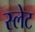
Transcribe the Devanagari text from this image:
स्‍लेट